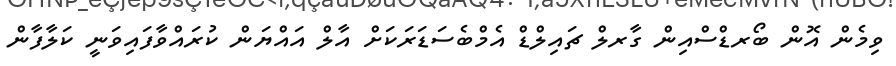
ވިމެން އޮން ބޯރޑްސްއިން ގާރލް ޗައިލްޑް އެމްބެސަޑަރަކަށް އާލް އައްޔަން ކުރައްވާފައިވަނީ ކަލާފާން